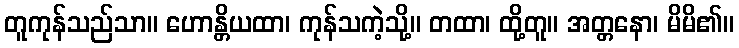
တူကုန်သည်သာ။ ဟောန္တိယထာ၊ ကုန်သကဲ့သို့။ တထာ၊ ထို့တူ။ အတ္တနော၊ မိမိ၏။